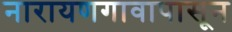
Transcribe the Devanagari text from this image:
नारायणगावापासून